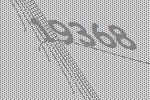
19368